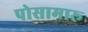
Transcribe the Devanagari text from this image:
पोसामारू